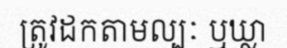
ត្រូវដកតាមល្បៈ ឬឃ្លា